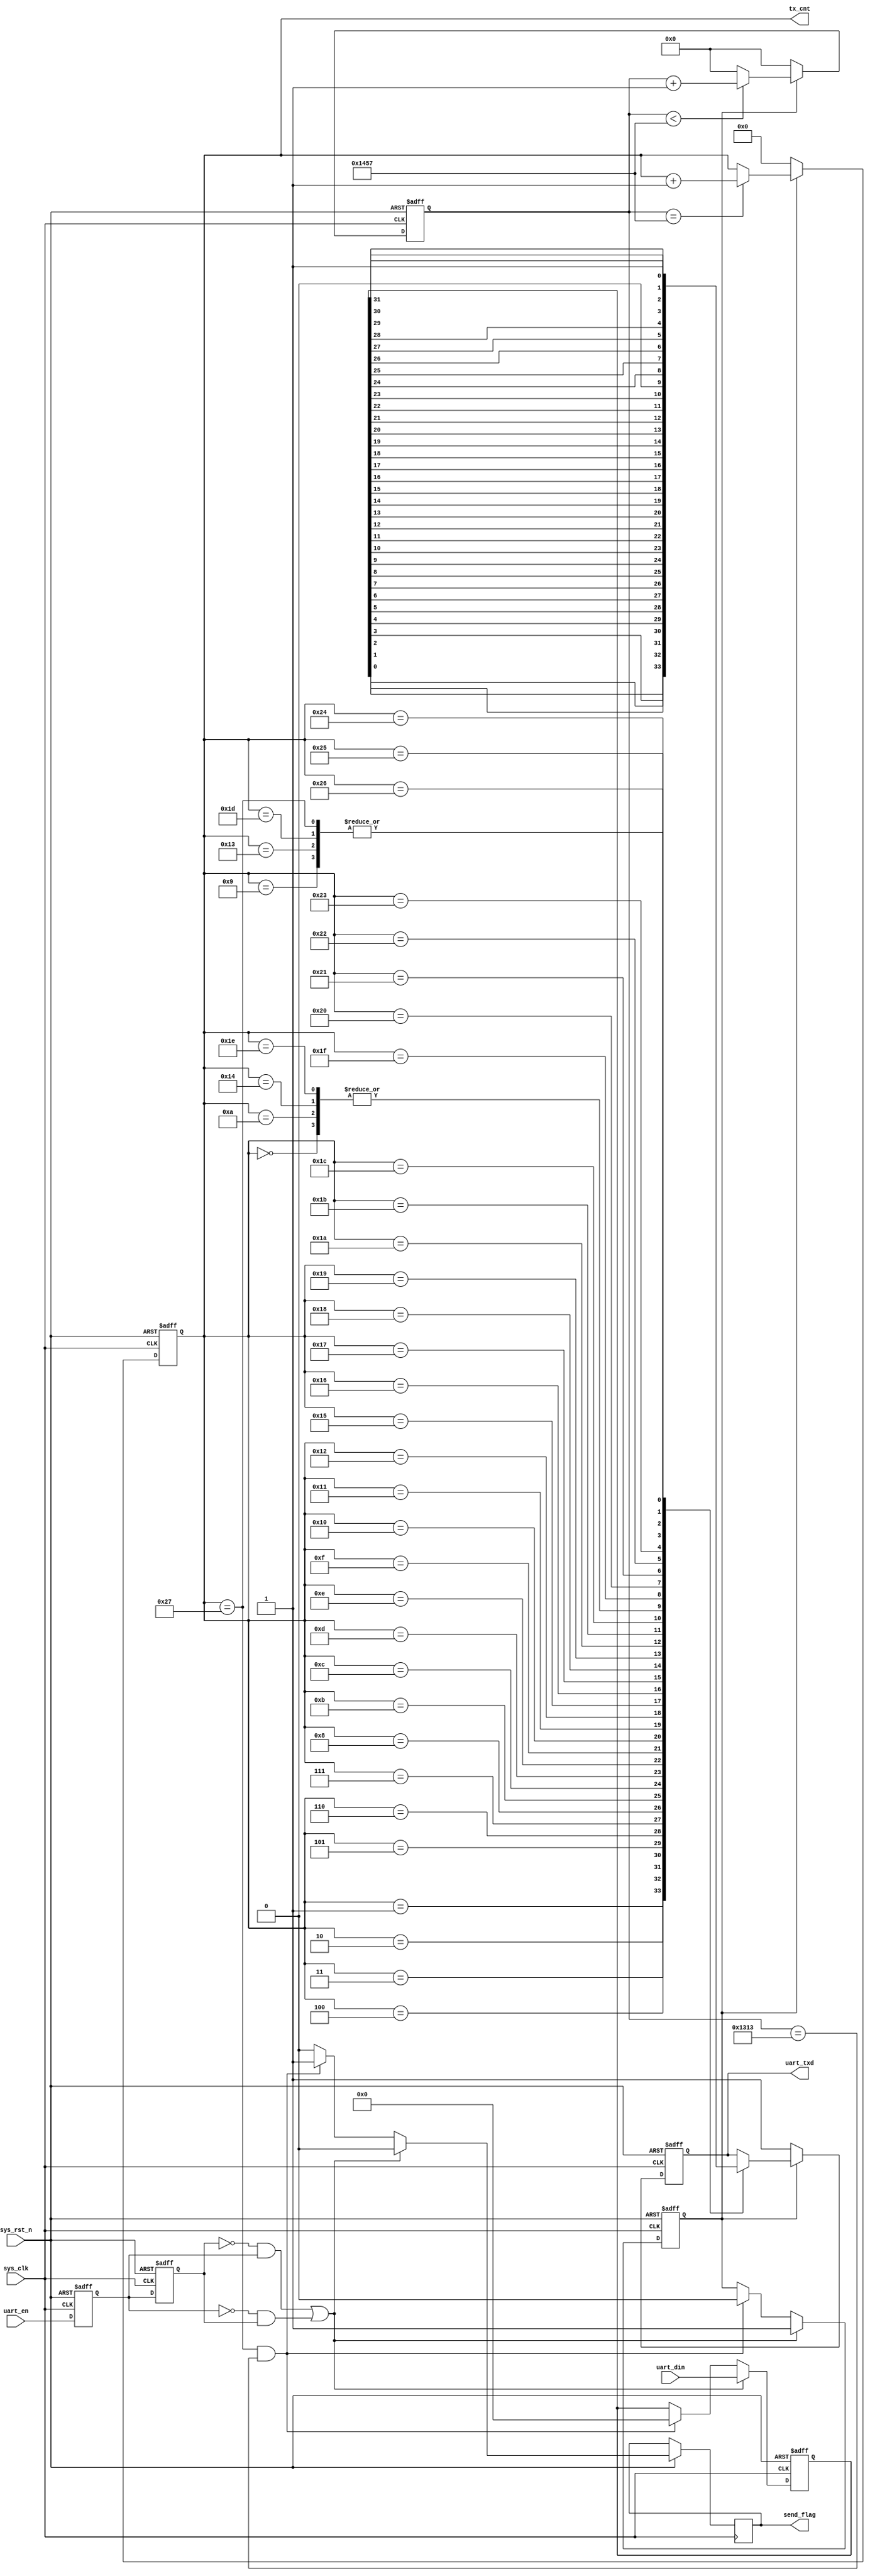
module uart_data
#(
parameter  WIDTH = 66,
parameter  CLK_FREQ = 50000000,            //
parameter  UART_BPS = 9600               //

)(
    input	      sys_clk,                  //
    input         sys_rst_n,                //
    
    input         uart_en,                  //
    input  [WIDTH-1:0]  uart_din,                 //


	output	reg send_flag,
    output  reg [ 6:0] tx_cnt,              //
    output  reg   uart_txd                  //UART
    );
    
//parameter define

localparam  BPS_CNT  = CLK_FREQ/UART_BPS;   //BPS_CNT

//reg define
reg        uart_en_d0; 
reg        uart_en_d1;  
reg [15:0] clk_cnt;                           //
reg  [WIDTH-1:0] 	  tx_data;
reg   tx_flag;

//wire define
wire       en_flag;

//*****************************************************
//**                    main code
//*****************************************************
//


//uart_en
assign en_flag = (~uart_en_d1) & uart_en_d0;
assign pos_flag = (~uart_en_d0) & uart_en_d1;
//uart_en
always @(posedge sys_clk or negedge sys_rst_n) begin         
    if (!sys_rst_n) begin
        uart_en_d0 <= 1'b0;                                  
        uart_en_d1 <= 1'b0;
    end                                                      
    else begin                                               
        uart_en_d0 <= uart_en;                               
        uart_en_d1 <= uart_en_d0;                            
    end
end

//en_flag,          
always @(posedge sys_clk or negedge sys_rst_n) begin         
    if (!sys_rst_n) begin                                  
        tx_flag <= 1'b0;
        tx_data <= 32'd0;
    end 
    else if (en_flag||pos_flag) begin                 //                      
            tx_flag <= 1'b1;                //tx_flag
            tx_data <= uart_din;            //
			send_flag<=1'b0;
        end
                                            //
        else if ((tx_cnt == 6'd39) && (clk_cnt == BPS_CNT - (BPS_CNT/16))) begin                                       
            tx_flag <= 1'b0;                //tx_flag
            tx_data <= 32'd0;
			send_flag<=1'b1;
        end
        else begin
            tx_flag <= tx_flag;
            tx_data <= tx_data;
			send_flag<=1'b0;
        end 
end

//
always @(posedge sys_clk or negedge sys_rst_n) begin         
    if (!sys_rst_n)                             
        clk_cnt <= 16'd0;                                  
    else if (tx_flag) begin                 //
        if (clk_cnt < BPS_CNT - 1)
            clk_cnt <= clk_cnt + 1'b1;
        else
            clk_cnt <= 16'd0;               //
    end
    else                             
        clk_cnt <= 16'd0; 				    //
end

//
always @(posedge sys_clk or negedge sys_rst_n) begin         
    if (!sys_rst_n)                             
        tx_cnt <= 6'd0;
    else if (tx_flag) begin                 //
        if (clk_cnt == BPS_CNT - 1)			//
            tx_cnt <= tx_cnt + 1'b1;		//1
        else
            tx_cnt <= tx_cnt;       
    end
    else                              
        tx_cnt  <= 6'd0;				    //
end

//uart
always @(posedge sys_clk or negedge sys_rst_n) begin        
    if (!sys_rst_n)  
        uart_txd <= 1'b1;        
    else if (tx_flag)
        case(tx_cnt)
            6'd0: uart_txd <= 1'b0;         // 
            6'd1: uart_txd <= tx_data[0];   //
            6'd2: uart_txd <= tx_data[1];
            6'd3: uart_txd <= tx_data[2];
            6'd4: uart_txd <= tx_data[3];
            6'd5: uart_txd <= tx_data[4];
            6'd6: uart_txd <= tx_data[5];
            6'd7: uart_txd <= tx_data[6];
            6'd8: uart_txd <= tx_data[7];   //
            6'd9: uart_txd <= 1'b1;         //
			
			6'd10: uart_txd <= 1'b0;   
			6'd11: uart_txd <= tx_data[8];   
            6'd12: uart_txd <= tx_data[9];
            6'd13: uart_txd <= tx_data[10];
            6'd14: uart_txd <= tx_data[11];
			6'd15: uart_txd <= tx_data[12];
            6'd16: uart_txd <= tx_data[13];
            6'd17: uart_txd <= tx_data[14];
            6'd18: uart_txd <= tx_data[15];
			6'd19: uart_txd <= 1'b1;
			
			6'd20: uart_txd <= 1'b0;
			6'd21: uart_txd <= tx_data[16];
            6'd22: uart_txd <= tx_data[17];
			6'd23: uart_txd <= tx_data[18];
            6'd24: uart_txd <= tx_data[19];
            6'd25: uart_txd <= tx_data[20];
            6'd26: uart_txd <= tx_data[21];
			6'd27: uart_txd <= tx_data[22];
            6'd28: uart_txd <= tx_data[23];
			6'd29: uart_txd <= 1'b1;
			
			6'd30: uart_txd <= 1'b0;
            6'd31: uart_txd <= tx_data[24];
            6'd32: uart_txd <= tx_data[25];
			6'd33: uart_txd <= tx_data[26];
            6'd34: uart_txd <= tx_data[27];
            6'd35: uart_txd <= tx_data[28];
            6'd36: uart_txd <= tx_data[29];
			6'd37: uart_txd <= tx_data[30];
			6'd38: uart_txd <= tx_data[31];
			6'd39: uart_txd <= 1'b1;
            default: ;
        endcase
    else 
        uart_txd <= 1'b1;                   //
end

endmodule